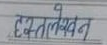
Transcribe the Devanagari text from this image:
हस्तलेखन